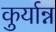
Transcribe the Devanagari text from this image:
कुर्यान्न